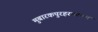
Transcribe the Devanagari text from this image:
मुबारकपुरहरबल्लभ